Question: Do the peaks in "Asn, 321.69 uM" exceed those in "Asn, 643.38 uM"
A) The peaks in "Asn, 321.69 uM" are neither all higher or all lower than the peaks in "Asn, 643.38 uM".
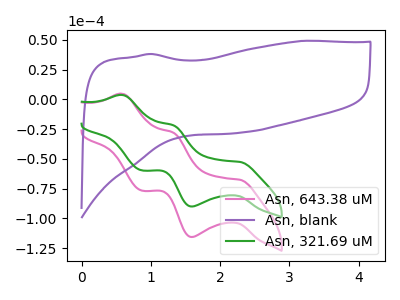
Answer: <think>The pink curve "Asn, 643.38 uM" has anodic peaks at (0.60V, 4.75uA) (1.30V, -27.90uA) and cathodic peaks at (2.30V, -67.60uA) (1.60V, -115.70uA) (0.85V, -76.65uA). The purple curve "Asn, blank" has no peaks. The green curve "Asn, 321.69 uM" has anodic peaks at (0.60V, 3.70uA) (1.30V, -21.75uA) and cathodic peaks at (2.30V, -52.60uA) (1.60V, -90.05uA) (0.85V, -59.65uA).</think>
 <answer>A) The peaks in "Asn, 321.69 uM" are neither all higher or all lower than the peaks in "Asn, 643.38 uM".</answer>
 <eval>A</eval>